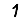
Digit: 1